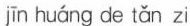
jīn huáng de tǎn zi